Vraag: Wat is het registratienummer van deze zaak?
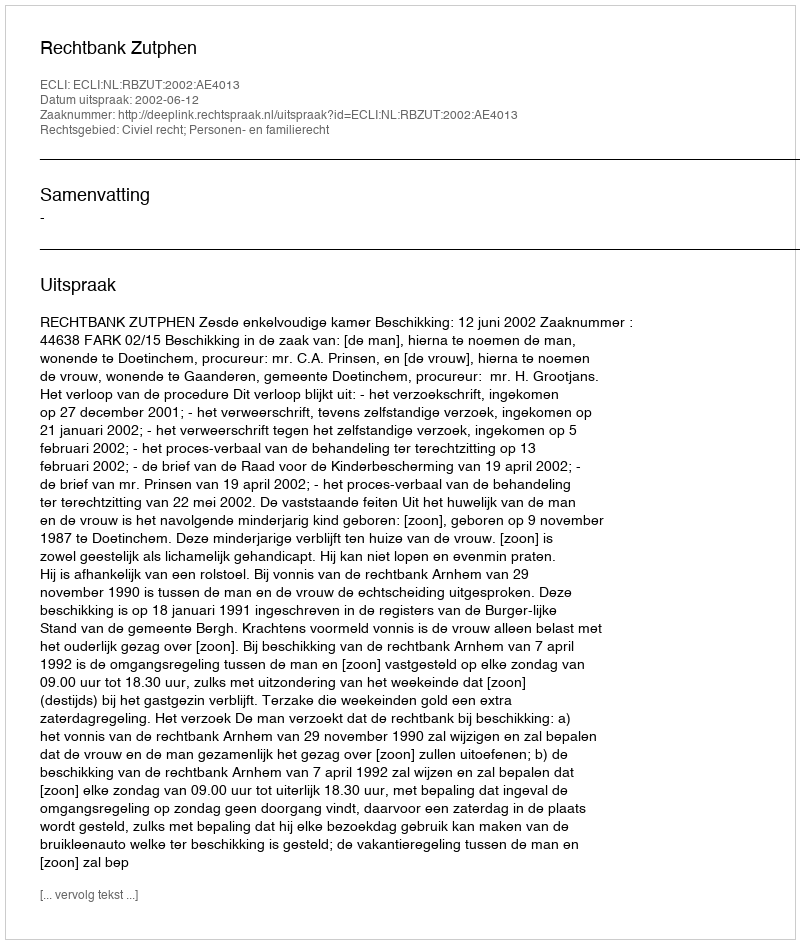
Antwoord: http://deeplink.rechtspraak.nl/uitspraak?id=ECLI:NL:RBZUT:2002:AE4013